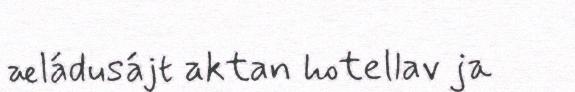
æládusájt aktan hotellav ja